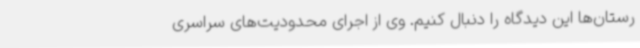
رستان‌ها این دیدگاه را دنبال کنیم. وی از اجرای محدودیت‌های سراسری